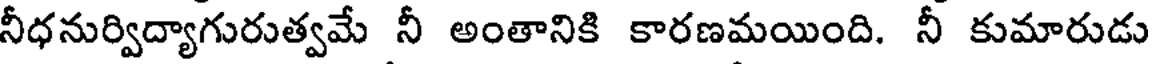
నీధనుర్విద్యాగురుత్వమే నీ అంతానికి కారణమయింది. నీ కుమారుడు